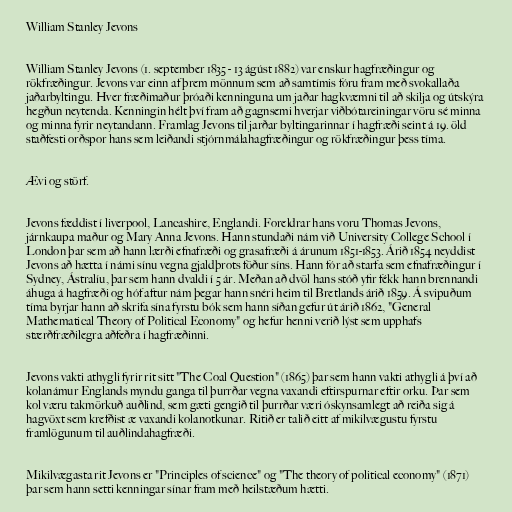
William Stanley Jevons

William Stanley Jevons (1. september 1835 - 13 ágúst 1882) var enskur hagfræðingur og
rökfræðingur. Jevons var einn af þrem mönnum sem að samtímis fóru fram með svokallaða
jaðarbyltingu. Hver fræðimaður þróaði kenninguna um jaðar hagkvæmni til að skilja og útskýra
hegðun neytenda. Kenningin hélt því fram að gagnsemi hverjar viðbótareiningar vöru sé minna
og minna fyrir neytandann. Framlag Jevons til jarðar byltingarinnar í hagfræði seint á 19. öld
staðfesti orðspor hans sem leiðandi stjórnmálahagfræðingur og rökfræðingur þess tíma.

Ævi og störf.

Jevons fæddist í liverpool, Lancashire, Englandi. Foreldrar hans voru Thomas Jevons,
járnkaupa maður og Mary Anna Jevons. Hann stundaði nám við University College School í
London þar sem að hann lærði efnafræði og grasafræði á árunum 1851-1853. Árið 1854 neyddist
Jevons að hætta í námi sínu vegna gjaldþrots föður síns. Hann fór að starfa sem efnafræðingur í
Sydney, Ástralíu, þar sem hann dvaldi í 5 ár. Meðan að dvöl hans stóð yfir fékk hann brennandi
áhuga á hagfræði og hóf aftur nám þegar hann snéri heim til Bretlands árið 1859. Á svipuðum
tíma byrjar hann að skrifa sína fyrstu bók sem hann síðan gefur út árið 1862, "General
Mathematical Theory of Political Economy" og hefur henni verið lýst sem upphafs
stærðfræðilegra aðfeðra í hagfræðinni.

Jevons vakti athygli fyrir rit sitt "The Coal Question" (1865) þar sem hann vakti athygli á því að
kolanámur Englands myndu ganga til þurrðar vegna vaxandi eftirspurnar eftir orku. Þar sem
kol væru takmörkuð auðlind, sem gæti gengið til þurrðar væri óskynsamlegt að reiða sig á
hagvöxt sem krefðist æ vaxandi kolanotkunar. Ritið er talið eitt af mikilvægustu fyrstu
framlögunum til auðlindahagfræði.

Mikilvægasta rit Jevons er "Principles of science" og "The theory of political economy" (1871)
þar sem hann setti kenningar sínar fram með heilstæðum hætti.